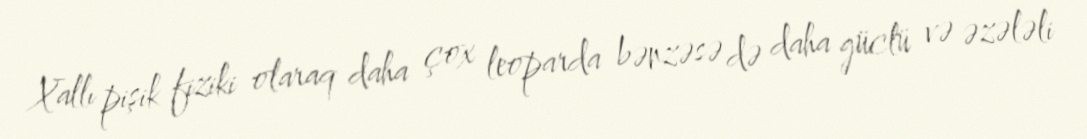
Xallı pişik fiziki olaraq daha çox leoparda bənzəsə də daha güclü və əzələli